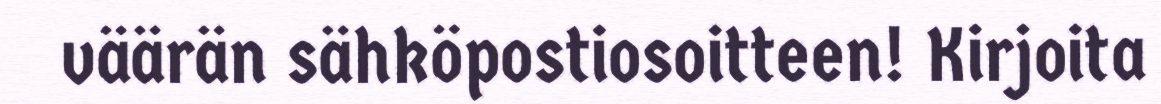
väärän sähköpostiosoitteen! Kirjoita